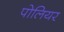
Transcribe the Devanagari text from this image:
पोलियर